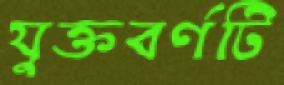
যুক্তবর্ণটি